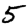
Digit: 5